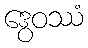
ဒွေဝဿံ